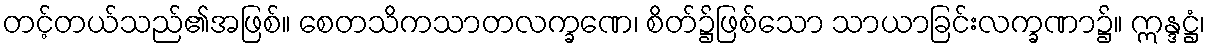
တင့်တယ်သည်၏အဖြစ်။ စေတသိကသာတလက္ခဏေ၊ စိတ်၌ဖြစ်သော သာယာခြင်းလက္ခဏာ၌။ ဣန္ဒဋ္ဌံ၊